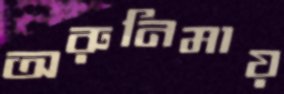
অরুনিমায়